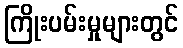
ကြိုးပမ်းမှုများတွင်